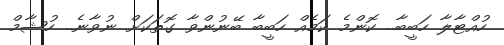
ހުއްޓާލާ ހަބީބާ.. ކޮންމެ ކަމެއް ހަބީބާ ބޭނުންވާ ގޮތަކަށް ނުވާނެ.. ހުޝާމް